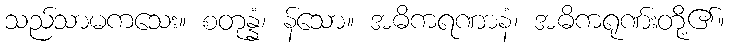
သည်သာမကသေး။ စတုန္နံ၊ န်သော။ အဓိကရဏာနံ၊ အဓိကရုဏ်းတို့၏။